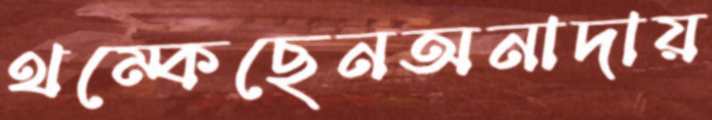
থম্‌কেছেনঅনাদায়